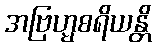
အဗြဟ္မစရိယန္တိ